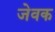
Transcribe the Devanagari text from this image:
जेवक